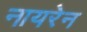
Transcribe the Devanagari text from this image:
नायरेन